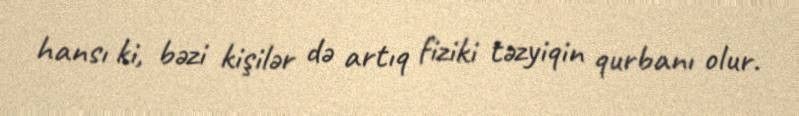
hansı ki, bəzi kişilər də artıq fiziki təzyiqin qurbanı olur.